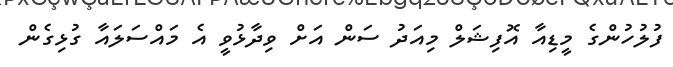
ފުލުހުންގެ މީޑިއާ އޮފިޝަލް މިއަދު ސަން އަށް ވިދާޅުވީ އެ މައްސަލައާ ގުޅިގެން